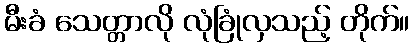
မီးခံ သေတ္တာလို လုံခြုံလှသည့် တိုက်။